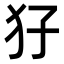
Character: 𤜭